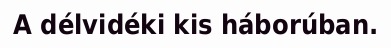
A délvidéki kis háborúban.